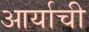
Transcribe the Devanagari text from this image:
आर्याची